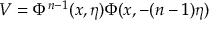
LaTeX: V = \Phi ^ { n - 1 } ( x , \eta ) \Phi ( x , - ( n - 1 ) \eta )